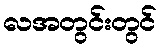
လအတွင်းတွင်